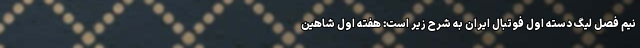
نیم فصل لیگ دسته اول فوتبال ایران به شرح زیر است: هفته اول شاهین